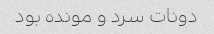
دونات سرد و مونده بود